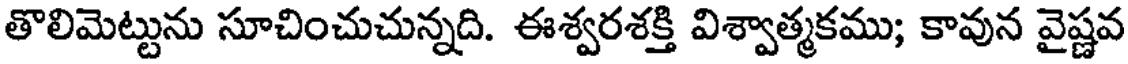
తొలిమెట్టును సూచించుచున్నది. ఈశ్వరశక్తి విశ్వాత్మకము; కావున వైష్ణవ